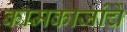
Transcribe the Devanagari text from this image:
कामकाजांचे